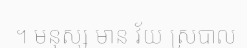
។ មនុស្ស មាន វ័យ ស្របាល